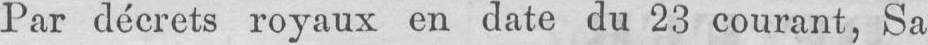
Par décrets royaux en date du 23 courant, Sa